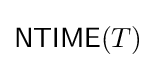
{\mathsf {NTIME}}(T)